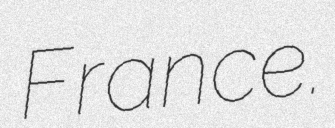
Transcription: France.